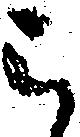
被